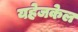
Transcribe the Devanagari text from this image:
यहेजकेल